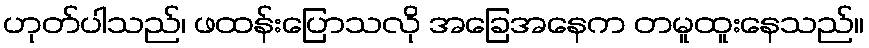
ဟုတ်ပါသည်၊ ဖထန်းပြောသလို အခြေအနေက တမူထူးနေသည်။